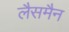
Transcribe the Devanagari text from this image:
लैसमैन